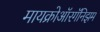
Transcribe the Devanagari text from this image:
मायक्रोऑरगॅनिझम